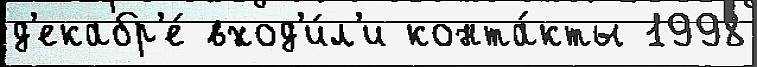
д'екабр'е́ вход'и́л'и конта́кты 1998